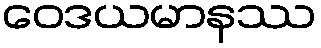
ဝေဒယမာနဿ